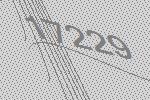
17229